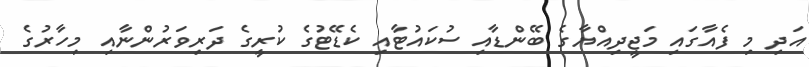
އަދި މި ފެއާގައި މަޖީދިއްޔާގެ ބޭންޑާއި ސުކައުޓާއި ކެޑޭޓުގެ ކުރީގެ ދަރިވަރުންނާއި މިހާރުގެ